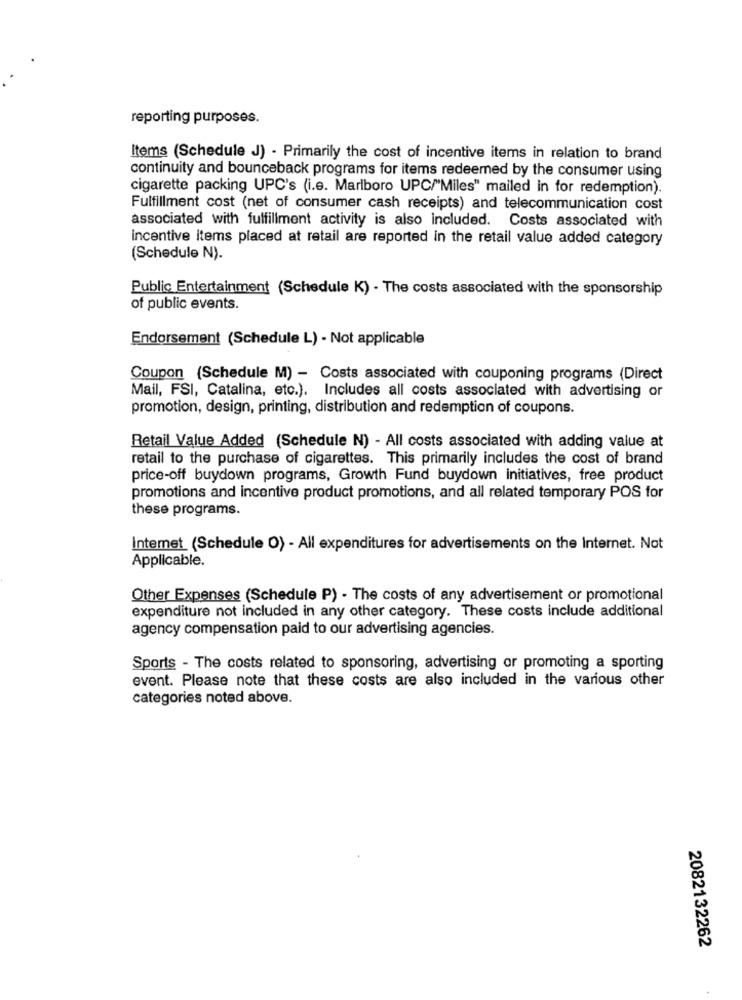
reporting purposes.
Items (Schedule J) - Primarily the cost of incentive items in relation to brand
continuity and bounceback programs for items redeemed by the consumer using
cigarette packing UPC's (i.e. Marlboro UPC/"Miles" mailed in for redemption).
Fulfillment cost (net of consumer cash receipts) and telecommunication cost
associated with fulfillment activity is also included. Costs associated with
incentive items placed at retail are reported in the retail value added category
(Schedule N).
Public Entertainment (Schedule K) - The costs associated with the sponsorship
of public events.
Endorsement (Schedule L) - Not applicable
Coupon (Schedule M) - Costs associated with couponing programs (Direct
Mail, FSI, Catalina, etc.). Includes all costs associated with advertising or
promotion, design, printing, distribution and redemption of coupons.
Retail Value Added (Schedule N) - All costs associated with adding value at
retail to the purchase of cigarettes. This primarily includes the cost of brand
price-off buydown programs, Growth Fund buydown initiatives, free product
promotions and incentive product promotions, and all related temporary POS for
these programs.
Internet (Schedule O) - All expenditures for advertisements on the Internet. Not
Applicable.
Other Expenses (Schedule P) - The costs of any advertisement or promotional
expenditure not included in any other category. These costs include additional
agency compensation paid to our advertising agencies.
Sports - The costs related to sponsoring, advertising or promoting a sporting
event. Please note that these costs are also included in the various other
categories noted above.
2082132262